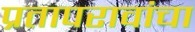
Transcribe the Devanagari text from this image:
प्रतापरावांचा